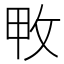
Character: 𢼓